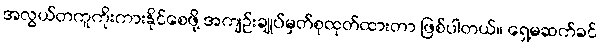
အလွယ်တကူကိုးကားနိုင်စေဖို့ အကျဉ်းချုပ်မှတ်စုထုတ်ထားတာ ဖြစ်ပါတယ်။ ရှေ့မဆက်ခင်